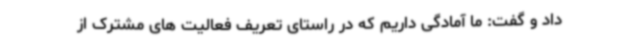
داد و گفت: ما آمادگی داریم که در راستای تعریف فعالیت های مشترک از